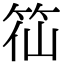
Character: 𥬍